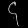
Digit: ၄